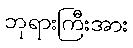
ဘုရားကြီးအား